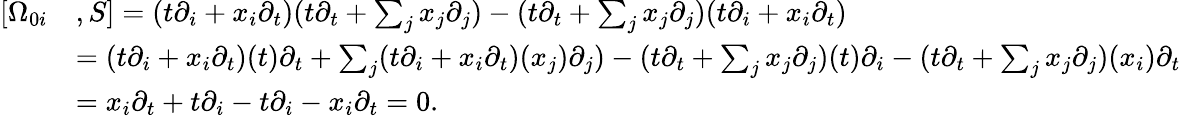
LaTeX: \begin{array}{rl}{[\Omega_{0i}}&{,S]=(t\partial_{i}+x_{i}\partial_{t})(t\partial_{t}+\sum_{j}x_{j}\partial_{j})-(t\partial_{t}+\sum_{j}x_{j}\partial_{j})(t\partial_{i}+x_{i}\partial_{t})}\\ &{=(t\partial_{i}+x_{i}\partial_{t})(t)\partial_{t}+\sum_{j}(t\partial_{i}+x_{i}\partial_{t})(x_{j})\partial_{j})-(t\partial_{t}+\sum_{j}x_{j}\partial_{j})(t)\partial_{i}-(t\partial_{t}+\sum_{j}x_{j}\partial_{j})(x_{i})\partial_{t}}\\ &{=x_{i}\partial_{t}+t\partial_{i}-t\partial_{i}-x_{i}\partial_{t}=0.}\end{array}